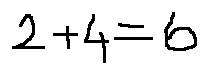
2 + 4 = 6